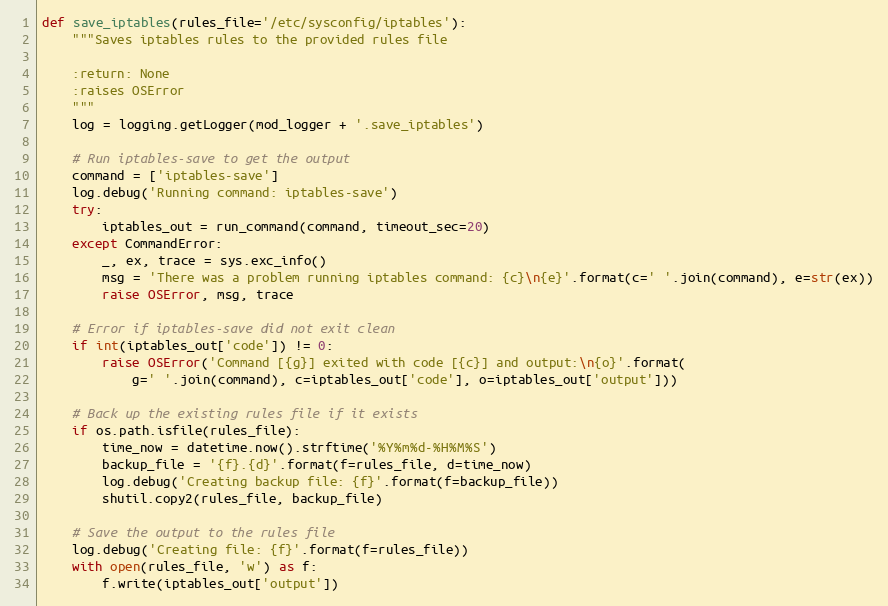
Language: Python
def save_iptables(rules_file='/etc/sysconfig/iptables'):
    """Saves iptables rules to the provided rules file

    :return: None
    :raises OSError
    """
    log = logging.getLogger(mod_logger + '.save_iptables')

    # Run iptables-save to get the output
    command = ['iptables-save']
    log.debug('Running command: iptables-save')
    try:
        iptables_out = run_command(command, timeout_sec=20)
    except CommandError:
        _, ex, trace = sys.exc_info()
        msg = 'There was a problem running iptables command: {c}\n{e}'.format(c=' '.join(command), e=str(ex))
        raise OSError, msg, trace

    # Error if iptables-save did not exit clean
    if int(iptables_out['code']) != 0:
        raise OSError('Command [{g}] exited with code [{c}] and output:\n{o}'.format(
            g=' '.join(command), c=iptables_out['code'], o=iptables_out['output']))

    # Back up the existing rules file if it exists
    if os.path.isfile(rules_file):
        time_now = datetime.now().strftime('%Y%m%d-%H%M%S')
        backup_file = '{f}.{d}'.format(f=rules_file, d=time_now)
        log.debug('Creating backup file: {f}'.format(f=backup_file))
        shutil.copy2(rules_file, backup_file)

    # Save the output to the rules file
    log.debug('Creating file: {f}'.format(f=rules_file))
    with open(rules_file, 'w') as f:
        f.write(iptables_out['output'])